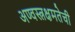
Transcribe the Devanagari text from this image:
अण्वस्त्रक्षमतेची